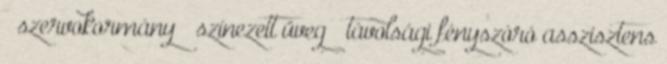
– szervokormány – színezett üveg – távolsági fényszóró asszisztens